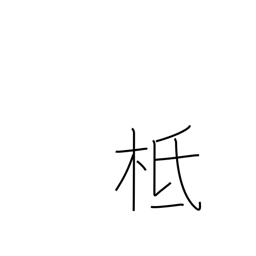
Meaning: founded on